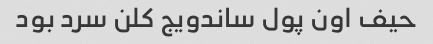
حیف اون پول ساندویج کلن سرد بود